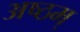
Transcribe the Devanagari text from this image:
अष्ठम्‌